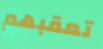
تعقبهم